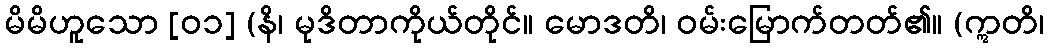
မိမိဟူသော [၀၁] (နိ၊ မုဒိတာကိုယ်တိုင်။ မောဒတိ၊ ဝမ်းမြောက်တတ်၏။ (ဣတိ၊